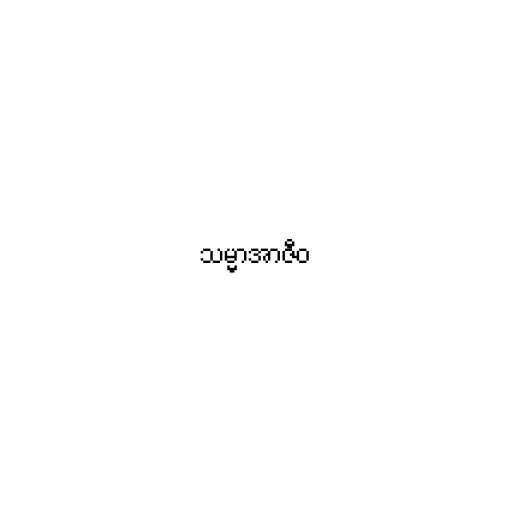
သမ္မာအာဇီဝ